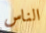
الناس